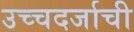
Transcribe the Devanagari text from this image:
उच्चदर्जाची